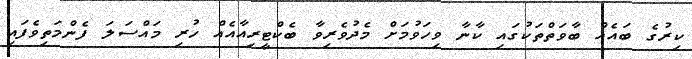
ކިރުގެ ބައެއް ބާވަތްތަކުގައި ކާނާ ވިހަވުމަށް މެދުވެރިވާ ބެކްޓީރިއާއެއް ހުރި މައްސަލަ ފެންމަތިވެފައި